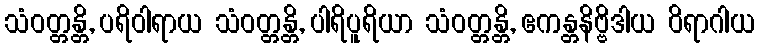
သံဝတ္တန္တိ, ပရိဝါရာယ သံဝတ္တန္တိ, ပါရိပူရိယာ သံဝတ္တန္တိ, ဧကန္တနိဗ္ဗိဒါယ ဝိရာဂါယ